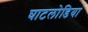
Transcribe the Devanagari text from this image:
घाटलोडिया